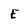
Character: E